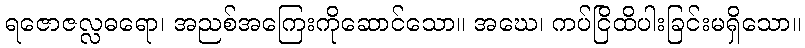
ရဇောဇလ္လဓရော၊ အညစ်အကြေးကိုဆောင်သော။ အဃေ၊ ကပ်ငြိထိပါးခြင်းမရှိသော။